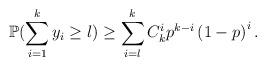
LaTeX: \begin{align*} \mathbb{P}(\sum_{i=1}^k y_i \geq l) \geq \sum\limits_{i=l}^{k} C^{i}_k p^{k-i}\left(1-p\right)^i.\end{align*}